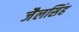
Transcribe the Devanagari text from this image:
जैलसिंह